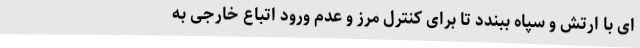
ای با ارتش و سپاه ببندد تا برای کنترل مرز و عدم ورود اتباع خارجی به